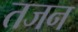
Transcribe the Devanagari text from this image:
तजन